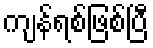
ကျန်ရစ်ဖြစ်ပြီ